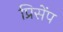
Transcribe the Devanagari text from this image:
प्रिसेंप